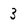
Character: 3